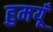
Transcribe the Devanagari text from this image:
हुमयूँ